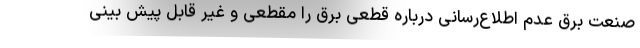
صنعت برق عدم اطلاع‌رسانی درباره قطعی برق را مقطعی و غیر قابل پیش بینی